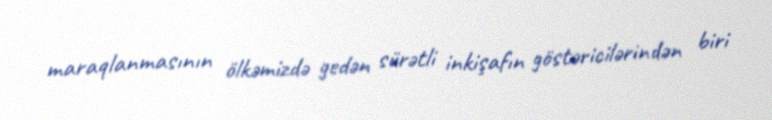
maraqlanmasının ölkəmizdə gedən sürətli inkişafın göstəricilərindən biri